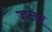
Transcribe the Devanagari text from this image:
उप्लर